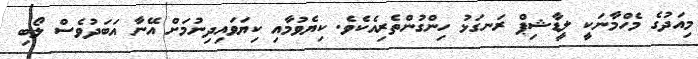
މިއަދުގެ މެހްމާނަކީ ލީޑާޝިޕް ރަނގަޅު ހިންގުންތެރިއެކެވެ. ކިޔެވުމާއި ކިޔަވައިދިނުމަށް އޭނާ އަބަދުވެސް ލޯބި